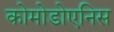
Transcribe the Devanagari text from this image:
कोमोडोएनिस